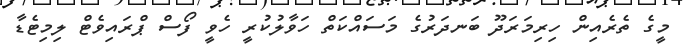
މީގެ ތެރެއިން ހިރިމަރަދޫ ބަނދަރުގެ މަސައްކަތް ހަވާލުކުރީ ހެވީ ފޯސް ޕްރައިވެޓް ލިމިޓެޑާ